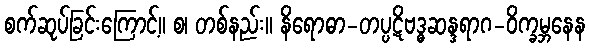
စက်ဆုပ်ခြင်းကြောင့်။ စ၊ တစ်နည်း။ နိရောဓာ-တပ္ပဋိဗဒ္ဓဆန္ဒရာဂ-ဝိက္ခမ္ဘနေန